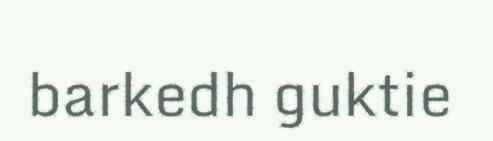
barkedh guktie